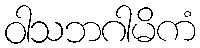
ဝါသဘဂါမိကံ